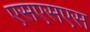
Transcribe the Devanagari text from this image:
एसएसएस